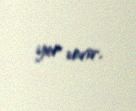
yer verir.